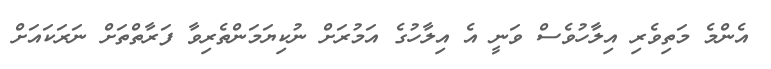
އެންމެ މަތިވެރި އިލާހުވެސް ވަނީ އެ އިލާހުގެ އަމުރަށް ނުކިޔަމަންތެރިވާ ފަރާތްތަށް ނަރަކައަށް